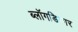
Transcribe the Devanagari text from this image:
ब्लॉगडिग्गर